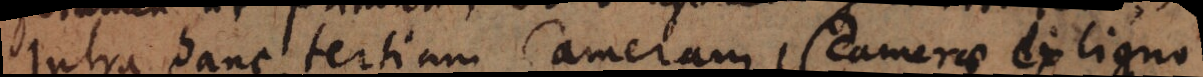
Intra hanc tertiam Cameram, Camerae ex ligno